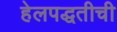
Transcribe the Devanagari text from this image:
हेलपद्धतीची